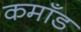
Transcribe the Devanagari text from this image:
कमाँड